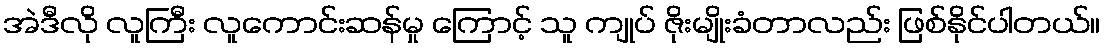
အဲဒီလို လူကြီး လူကောင်းဆန်မှု ကြောင့် သူ ကျုပ် ဇိုးမျိုးခံတာလည်း ဖြစ်နိုင်ပါတယ်။